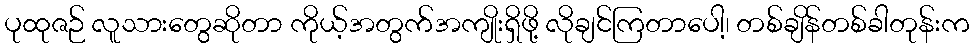
ပုထုဇဉ် လူသားတွေဆိုတာ ကိုယ့်အတွက်အကျိုးရှိဖို့ လိုချင်ကြတာပေါ့၊ တစ်ချိန်တစ်ခါတုန်းက